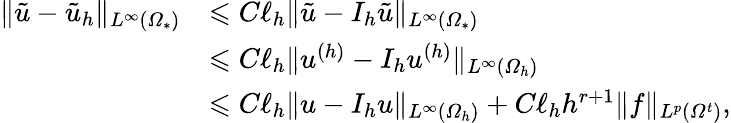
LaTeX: \begin{array}{rl}{\| \tilde{u}-\tilde{u}_{h}\| _{L^{\infty}(\varOmega_{*})}}&{\leqslant C\ell_{h}\| \tilde{u}-I_{h}\tilde{u}\| _{L^{\infty}(\varOmega_{*})}}\\ &{\leqslant C\ell_{h}\| u^{(h)}-I_{h}u^{(h)}\| _{L^{\infty}(\varOmega_{h})}}\\ &{\leqslant C\ell_{h}\| u-I_{h}u\| _{L^{\infty}(\varOmega_{h})}+C\ell_{h}h^{r+1}\| f\| _{L^{p}(\varOmega^{t})},}\end{array}